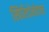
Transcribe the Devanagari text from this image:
स्पिरिदोनोवला